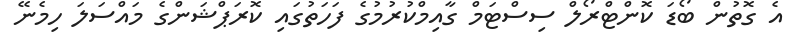
އެ ގޮތުން ބޯޑަ ކޮންޓްރޯލް ސިސްޓަމް ގާއިމްކުރުމުގެ ފަހަތުގައި ކޮރަޕްޝަންގެ މައްސަލަ ހިމެނޭ